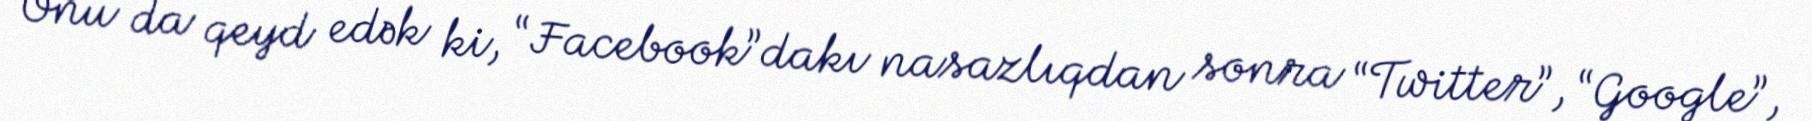
Onu da qeyd edək ki, “Facebook”dakı nasazlıqdan sonra “Twitter”, “Google”,